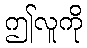
ဤလူကို